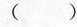
( )